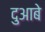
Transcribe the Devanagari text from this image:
दुआबे